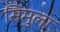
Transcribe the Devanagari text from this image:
सिमुला